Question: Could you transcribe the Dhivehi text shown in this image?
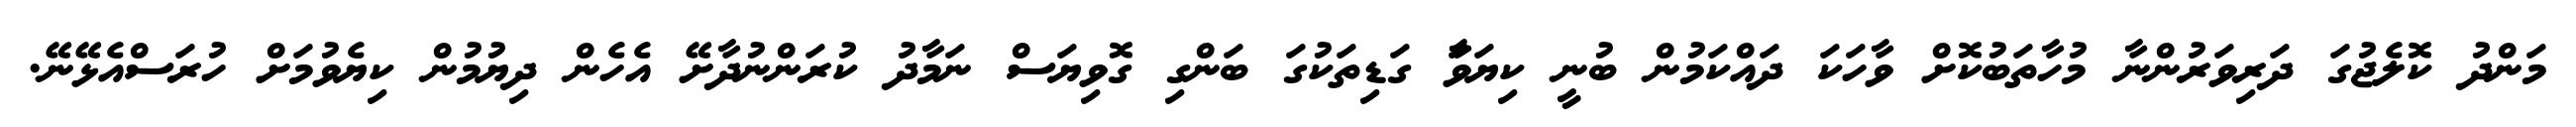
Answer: މަންދު ކޮލެޖުގަ ދަރިވަރުންނާ މުހާތަބުކޮށް ވާހަކަ ދައްކަމުން ބުނީ ކިޔަވަާ ގަޑިތަކުގަ ބަންގި ގޮވިޔަސް ނަމާދު ކުރަންނުދާށޭ އެހެން ދިޔުމުން ކިޔެވުމަށް ހުރަސްއެޅޭނޭ.